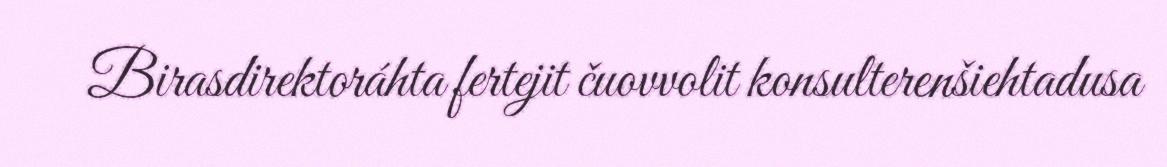
Birasdirektoráhta fertejit čuovvolit konsulterenšiehtadusa